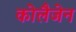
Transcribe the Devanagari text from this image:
कोलैजेन